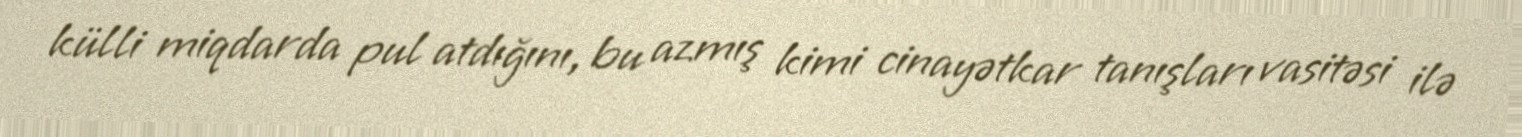
külli miqdarda pul atdığını, bu azmış kimi cinayətkar tanışları vasitəsi ilə